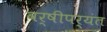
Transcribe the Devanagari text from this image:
वर्षीपर्यंत